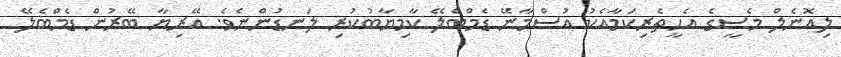
ލިއޮނެލް މެސީގެ އެހީތެރިކަމާއެކު އުސްމާނޭ ޑެމްބެލޭ ކާމިޔާބުކުރި ލަނޑުންނެވެ. އޭރިޔާ ބޭރުން ޑެމްބެލޭ